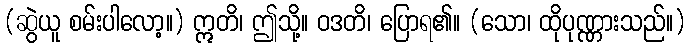
(ဆွဲယူ စမ်းပါလော့။) ဣတိ၊ ဤသို့။ ဝဒတိ၊ ပြောရ၏။ (သော၊ ထိုပုဏ္ဏားသည်။)